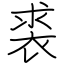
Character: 裘